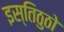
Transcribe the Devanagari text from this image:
इस्तिठुठो